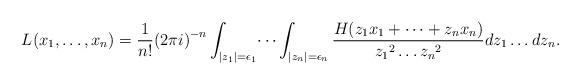
LaTeX: \begin{align*}L(x_1, \dots, x_n)=\dfrac{1}{n!}{(2\pi i)}^{-n}\int_{|z_1|=\epsilon_1}\dots \int_{|z_n|=\epsilon_n} {\dfrac{H(z_1x_1+\dots+z_nx_n) }{{z_1}^2\dots {z_n}^2}dz_1\dots dz_n}.\end{align*}